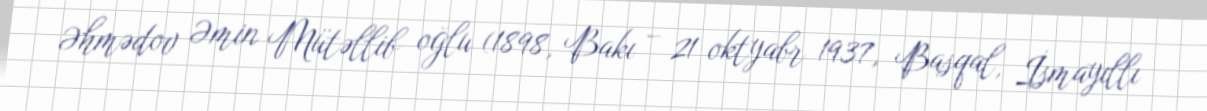
Əhmədov Əmin Mütəllib oğlu (1898, Bakı – 21 oktyabr 1937, Basqal, İsmayıllı